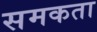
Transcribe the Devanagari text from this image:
समकता